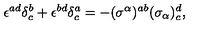
\epsilon ^ { a d } \delta _ { c } ^ { b } + \epsilon ^ { b d } \delta _ { c } ^ { a } = - ( \sigma ^ { \alpha } ) ^ { a b } ( \sigma _ { \alpha } ) _ { c } ^ { d } ,